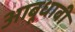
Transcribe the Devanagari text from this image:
आबूधाबी